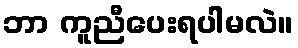
ဘာ ကူညီပေးရပါမလဲ။